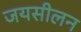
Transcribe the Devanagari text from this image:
जयसीलन